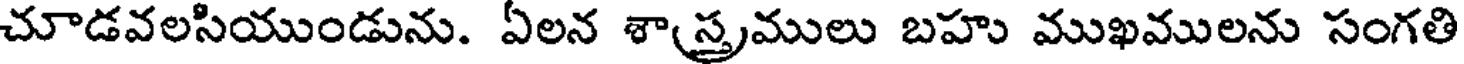
చూడవలసియుండును. ఏలన శాస్త్రములు బహు ముఖములను సంగతి